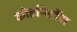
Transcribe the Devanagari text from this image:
कोइन्सिडेंस